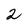
Character: 2